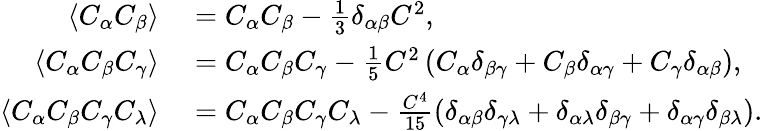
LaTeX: \begin{array}{rl}{\left\langle{C_{\alpha}C_{\beta}}\right\rangle}&{{}=C_{\alpha}C_{\beta}-\frac{1}{3}\delta_{\alpha\beta}C^{2},}\\ {\left\langle{C_{\alpha}C_{\beta}C_{\gamma}}\right\rangle}&{{}=C_{\alpha}C_{\beta}C_{\gamma}-\frac{1}{5}C^{2}\left(C_{\alpha}\delta_{\beta\gamma}+C_{\beta}\delta_{\alpha\gamma}+C_{\gamma}\delta_{\alpha\beta}\right),}\\ {\left\langle{C_{\alpha}C_{\beta}C_{\gamma}C_{\lambda}}\right\rangle}&{{}=C_{\alpha}C_{\beta}C_{\gamma}C_{\lambda}-\frac{C^{4}}{15}\left(\delta_{\alpha\beta}\delta_{\gamma\lambda}+\delta_{\alpha\lambda}\delta_{\beta\gamma}+\delta_{\alpha\gamma}\delta_{\beta\lambda}\right).}\end{array}